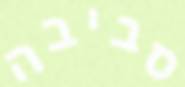
סביבה